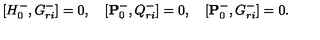
\lbrack { H _ { 0 } ^ { - } , G _ { r i } ^ { - } } \rbrack = 0 , \quad \lbrack { { \bf P } _ { 0 } ^ { - } , Q _ { r i } ^ { - } } \rbrack = 0 , \quad \lbrack { { \bf P } _ { 0 } ^ { - } , G _ { r i } ^ { - } } \rbrack = 0 .